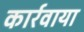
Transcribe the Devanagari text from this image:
कार्रवाया